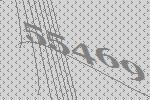
55469